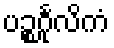
ပဉ္စင်္ဂုလိကံ